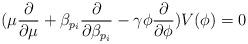
LaTeX: \begin{align*}(\mu \frac{\partial}{\partial \mu} + \beta_{p_i}\frac{\partial}{\partial\beta_{p_i}} - \gamma \phi\frac{\partial}{\partial \phi}) V(\phi) = 0\end{align*}